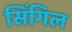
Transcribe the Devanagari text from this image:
सिंगिल